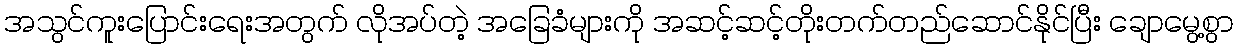
အသွင်ကူးပြောင်းရေးအတွက် လိုအပ်တဲ့ အခြေခံများကို အဆင့်ဆင့်တိုးတက်တည်ဆောင်နိုင်ပြီး ချောမွေ့စွာ